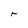
Character: r